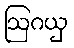
ဩဂယှ